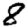
Digit: 8